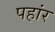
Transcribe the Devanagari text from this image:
पहांर